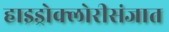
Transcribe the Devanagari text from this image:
हाइड्रोक्लोरीसंजात